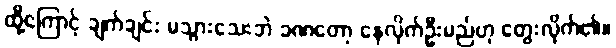
ထို့ကြောင့် ချက်ချင်း မသွားသေးဘဲ ခဏတော့ နေလိုက်ဦးမည်ဟု တွေးလိုက်၏။